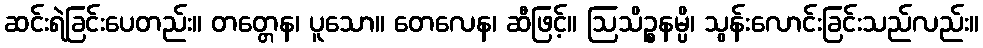
ဆင်းရဲခြင်းပေတည်း။ တတ္တေန၊ ပူသော။ တေလေန၊ ဆီဖြင့်။ ဩသိဉ္စနမ္ပိ၊ သွန်းလောင်းခြင်းသည်လည်း။